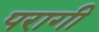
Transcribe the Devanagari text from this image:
परागी